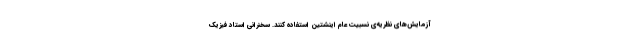
آزمایش‌های نظریه‌ی نسبیت عام اینشتین استفاده کنند. سخنرانی استاد فیزیک